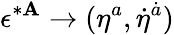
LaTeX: \epsilon^{*\mathbf{A}}\to(\eta^{a},\dot{{\eta}}^{\dot{{a}}})